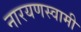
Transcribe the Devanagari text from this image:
नारयणस्वामी